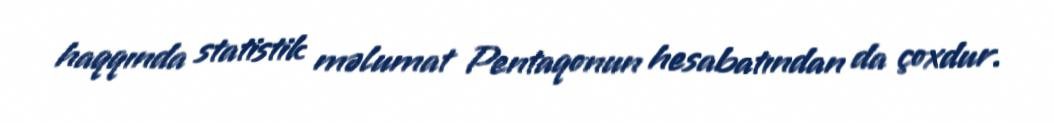
haqqında statistik məlumat Pentaqonun hesabatından da çoxdur.